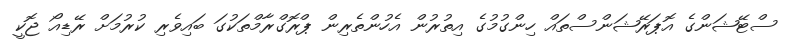
ސްޓޭޝަންގެ އޮޕަރޭޝަންސްތައް ހިންގުމުގެ އިތުރުން އެހުންތެރިން ޕްރޮގްރާމްތަކުގަ ބައިވެރި ކުރުމަށް ރޭޑިއޯ ޖޮކީ